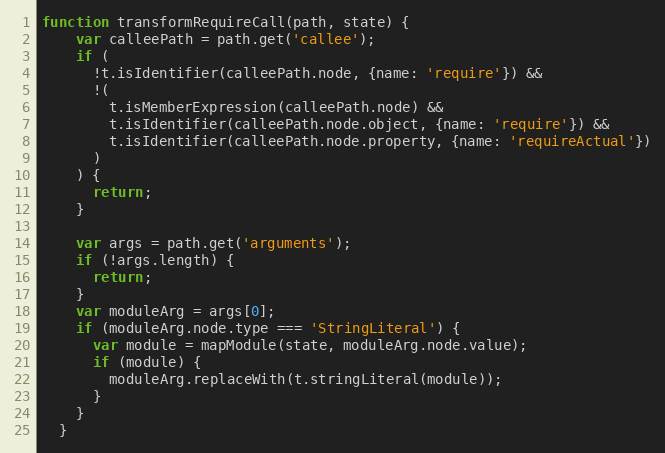
Language: JavaScript
function transformRequireCall(path, state) {
    var calleePath = path.get('callee');
    if (
      !t.isIdentifier(calleePath.node, {name: 'require'}) &&
      !(
        t.isMemberExpression(calleePath.node) &&
        t.isIdentifier(calleePath.node.object, {name: 'require'}) &&
        t.isIdentifier(calleePath.node.property, {name: 'requireActual'})
      )
    ) {
      return;
    }

    var args = path.get('arguments');
    if (!args.length) {
      return;
    }
    var moduleArg = args[0];
    if (moduleArg.node.type === 'StringLiteral') {
      var module = mapModule(state, moduleArg.node.value);
      if (module) {
        moduleArg.replaceWith(t.stringLiteral(module));
      }
    }
  }